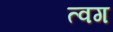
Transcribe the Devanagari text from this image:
त्वग